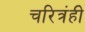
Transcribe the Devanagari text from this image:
चरित्रंही